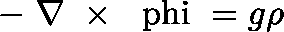
- \mathrm { \boldmath ~ \nabla ~ } \times \mathrm { \boldmath ~ \ p h i ~ } = g \rho